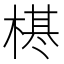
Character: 𣗠